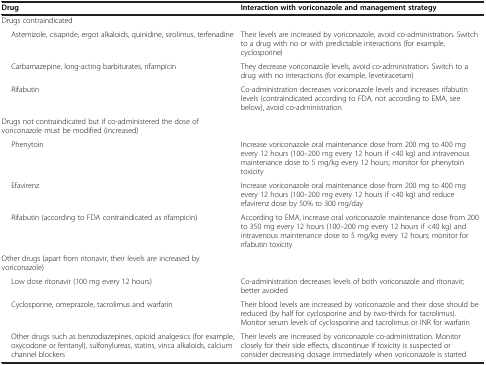
| Drug | Interaction with voriconazole and management strategy |
 | --- | --- |
 | Drugs contraindicated |  |
 | Astemizole, cisapride, ergot alkaloids, quinidine, sirolimus, terfenadine | Their levels are increased by voriconazole, avoid co-administration. Switch to a drug with no or with predictable interactions (for example, cyclosporine) |
 | Carbamazepine, long-acting barbiturates, rifampicin | They decrease voriconazole levels, avoid co-administration. Switch to a drug with no interactions (for example, levetiracetam) |
 | Rifabutin | Co-administration decreases voriconazole levels and increases rifabutin levels (contraindicated according to FDA, not according to EMA, see below), avoid co-administration |
 | Drugs not contraindicated but if co-administered the dose of voriconazole must be modified (increased) |  |
 | Phenytoin | Increase voriconazole oral maintenance dose from 200 mg to 400 mg every 12 hours (100–200 mg every 12 hours if <40 kg) and intravenous maintenance dose to 5 mg/kg every 12 hours; monitor for phenytoin toxicity |
 | Efavirenz | Increase voriconazole oral maintenance dose from 200 mg to 400 mg every 12 hours (100–200 mg every 12 hours if <40 kg) and reduce efavirenz dose by 50% to 300 mg/day |
 | Rifabutin (according to FDA contraindicated as rifampicin) | According to EMA, increase oral voriconazole maintenance dose from 200 to 350 mg every 12 hours (100–200 mg every 12 hours if <40 kg) and intravenous maintenance dose to 5 mg/kg every 12 hours; monitor for rifabutin toxicity |
 | Other drugs (apart from ritonavir, their levels are increased by voriconazole) |  |
 | Low dose ritonavir (100 mg every 12 hours) | Co-administration decreases levels of both voriconazole and ritonavir; better avoided |
 | Cyclosporine, omeprazole, tacrolimus and warfarin | Their blood levels are increased by voriconazole and their dose should be reduced (by half for cyclosporine and by two-thirds for tacrolimus). Monitor serum levels of cyclosporine and tacrolimus or INR for warfarin |
 | Other drugs such as benzodiazepines, opioid analgesics (for example, oxycodone or fentanyl), sulfonylureas, statins, vinca alkaloids, calcium channel blockers | Their levels are increased by voriconazole co-administration. Monitor closely for their side effects, discontinue if toxicity is suspected or consider decreasing dosage immediately when voriconazole is started |